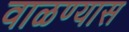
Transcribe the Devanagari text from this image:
वाळण्यास